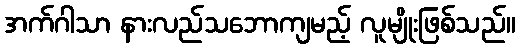
အက်ဂါသာ နားလည်သဘောကျမည့် လူမျိုးဖြစ်သည်။